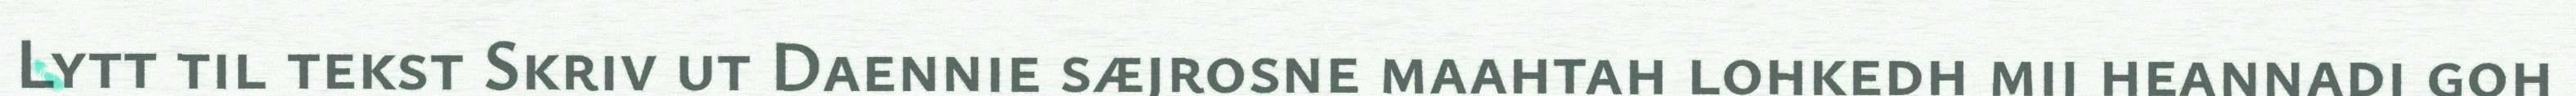
Lytt til tekst Skriv ut Daennie sæjrosne maahtah lohkedh mij heannadi goh